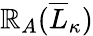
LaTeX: \mathbb{R}_{A}(\overline{{L}}_{\kappa})